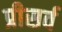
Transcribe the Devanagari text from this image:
प्रीसर्व